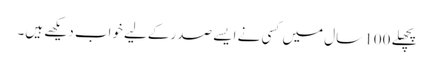
پچھلے 100 سال میں کسی نے ایسے صدر کےلیے خواب دیکھے ہیں۔